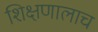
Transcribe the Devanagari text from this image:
शिक्षणालाच